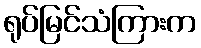
ရုပ်မြင်သံကြားက